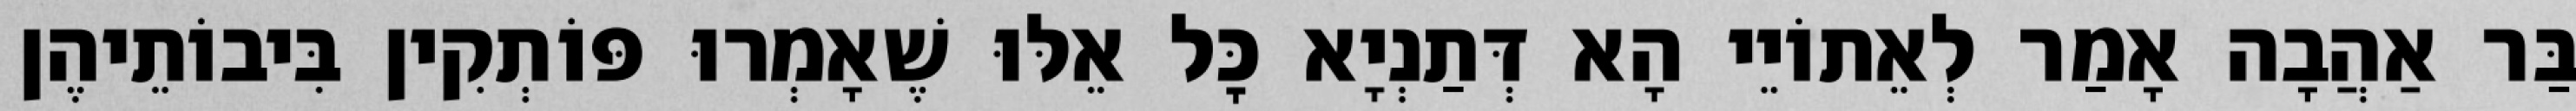
בַּר אַהֲבָה אָמַר לְאֵתוֹיֵי הָא דְּתַנְיָא כׇּל אֵלּוּ שֶׁאָמְרוּ פּוֹתְקִין בִּיבוֹתֵיהֶן